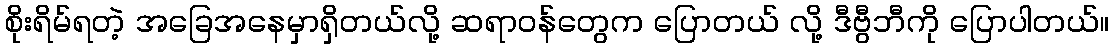
စိုးရိမ်ရတဲ့ အခြေအနေမှာရှိတယ်လို့ ဆရာဝန်တွေက ပြောတယ် လို့ ဒီဗွီဘီကို ပြောပါတယ်။